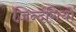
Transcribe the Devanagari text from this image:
ज़िन्दगियों